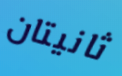
ثانيتان